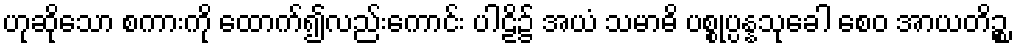
ဟုဆိုသော စကားကို ထောက်၍လည်းကောင်း ပါဠိ၌ အယံ သမာဓိ ပစ္စုပ္ပန္နသုခေါ စေဝ အာယတိဉ္စ